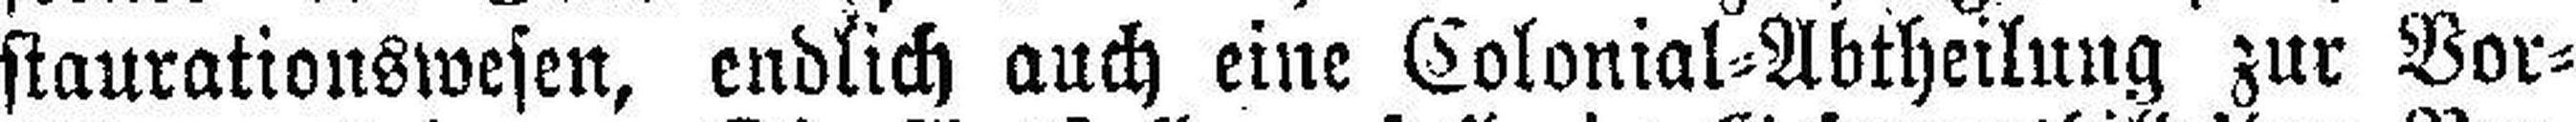
staurationswesen, endlich auch eine Colonial=Abtheilung zur Vor¬